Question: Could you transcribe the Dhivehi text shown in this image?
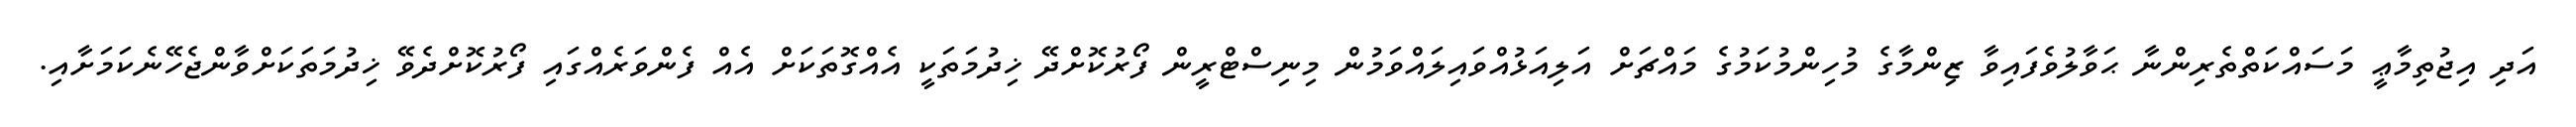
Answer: އަދި އިޖުތިމާޢީ މަސައްކަތްތެރިންނާ ޙަވާލުވެފައިވާ ޒިންމާގެ މުހިންމުކަމުގެ މައްޗަށް އަލިއަޅުއްވައިލައްވަމުން މިނިސްޓްރީން ފޯރުކޮށްދޭ ޚިދުމަތަކީ އެއްގޮތަކަށް އެއް ފެންވަރެއްގައި ފޯރުކޮށްދެވޭ ޚިދުމަތަކަށްވާންޖެހޭނެކަމަށާއި.